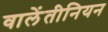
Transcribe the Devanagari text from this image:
वालेंतीनियन